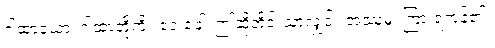
ဂါထာယော၊ ဂါထာတို့ကို။ ဧဝံ ခေါ၊ ဤဆိုတိုင်းသာလျှင်။ အဿုမှ၊ ကြားရကုန်၏။